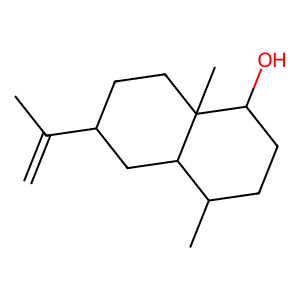
SMILES: C=C(C)C1CCC2(C)C(O)CCC(C)C2C1
Inhibits HIV replication: No